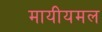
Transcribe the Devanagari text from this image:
मायीयमल